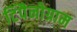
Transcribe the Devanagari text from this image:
टिंपैनोग्राम